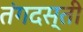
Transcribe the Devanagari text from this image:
तंगदस्ती